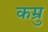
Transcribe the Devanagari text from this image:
कम्रु